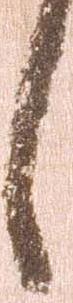
言